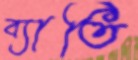
ব্যাতি